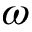
\omega